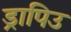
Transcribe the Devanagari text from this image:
ड्रापिउ